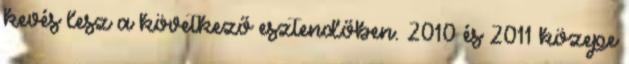
kevés lesz a következő esztendőben. 2010 és 2011 közepe